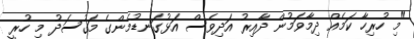
"މި ހުރިހާ ކަމެއް ދިމާވަމުން ދާއިރު އަދިވެސް އަޅުގަނޑުމެންގެ މަގުސަދު މި ހުރީ